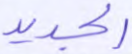
الجديد